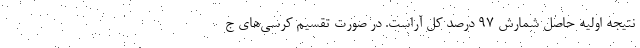
نتیجه اولیه حاصل شمارش 97 درصد کل آراست. در صورت تقسیم کرسی‌های ج